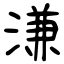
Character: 溓